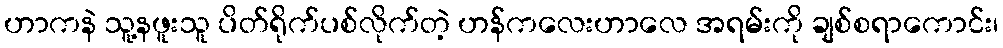
ဟာကနဲ သူ့နဖူးသူ ပိတ်ရိုက်ပစ်လိုက်တဲ့ ဟန်ကလေးဟာလေ အရမ်းကို ချစ်စရာကောင်း၊